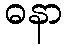
ဓနာ